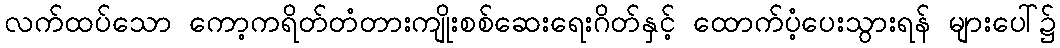
လက်ထပ်သော ကော့ကရိတ်တံတားကျိုးစစ်ဆေးရေးဂိတ်နှင့် ထောက်ပံ့ပေးသွားရန် များပေါ်၌